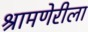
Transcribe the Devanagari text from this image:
श्रामणेरीला